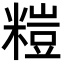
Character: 𥻶